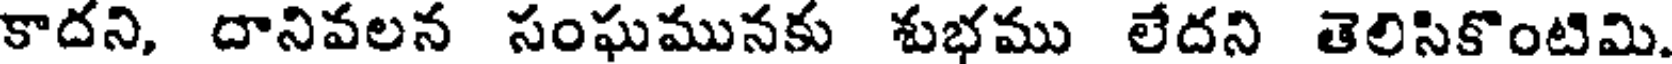
కాదని, దానివలన సంఘమునకు శుభము లేదని తెలిసికొంటిమి.